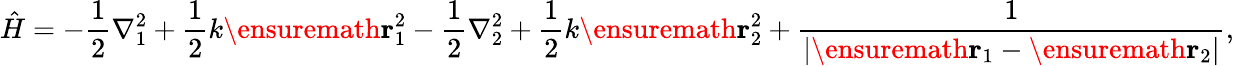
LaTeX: \hat{H}=-\frac{1}{2}\nabla_{1}^{2}+\frac{1}{2}k\ensuremath{\mathbf{r}}_{1}^{2}-\frac{1}{2}\nabla_{2}^{2}+\frac{1}{2}k\ensuremath{\mathbf{r}}_{2}^{2}+\frac{1}{\left|\ensuremath{\mathbf{r}}_{1}-\ensuremath{\mathbf{r}}_{2}\right|},